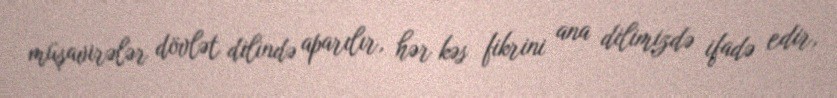
müşavirələr dövlət dilində aparılır, hər kəs fikrini ana dilimizdə ifadə edir,